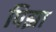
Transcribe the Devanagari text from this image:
पिझा